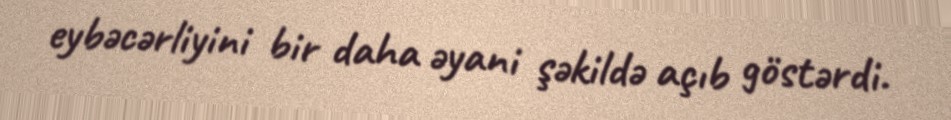
eybəcərliyini bir daha əyani şəkildə açıb göstərdi.